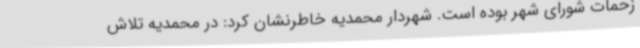
زحمات شورای شهر بوده است. شهردار محمدیه خاطرنشان کرد: در محمدیه تلاش